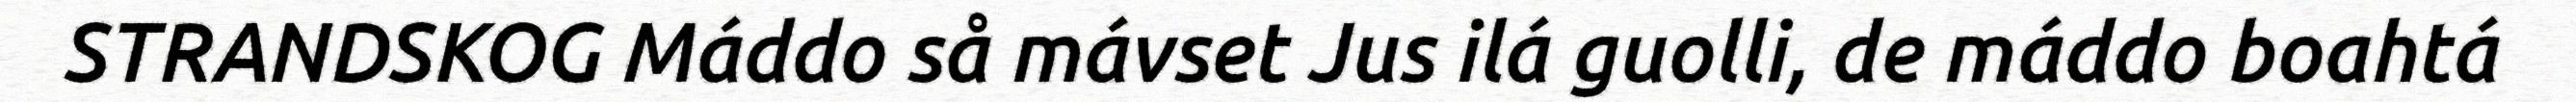
STRANDSKOG Máddo så mávset Jus ilá guolli, de máddo boahtá